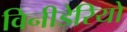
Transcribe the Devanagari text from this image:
विनीडेरियो